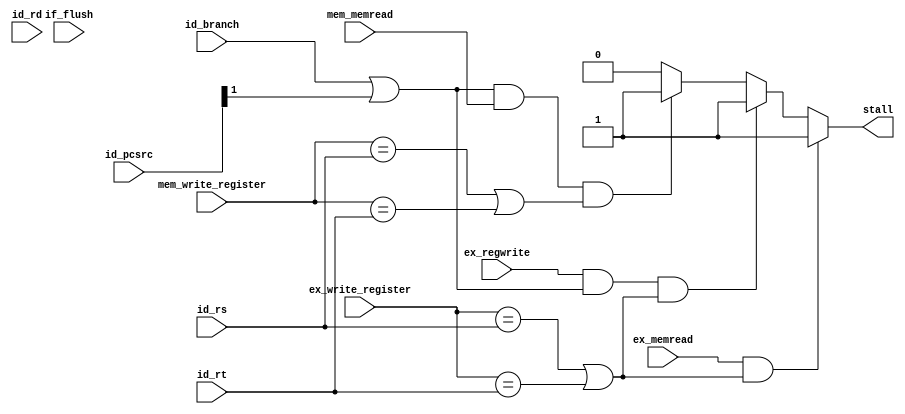
`timescale 1ns / 1ps
//////////////////////////////////////////////////////////////////////////////////
// Company: 
// Engineer: 
// 
// Design Name: 
// Module Name: HAZARD
// Project Name: 
// Target Devices: 
// Tool Versions: 
// Description: 
// 
// Dependencies: 
// 
// Revision:
// Revision 0.01 - File Created
// Additional Comments:
// 
//////////////////////////////////////////////////////////////////////////////////


module HAZARD(
    input wire[4:0]id_rs,
    input wire[4:0]id_rt,
    input wire[4:0]id_rd,
    input wire id_branch,
    input wire[1:0] id_pcsrc,
    input wire ex_regwrite,
    input wire ex_memread,
    input wire mem_memread,
    input wire if_flush,
    input wire[4:0]ex_write_register,
    input wire[4:0]mem_write_register,
    
    output reg stall
    );
    always@(*)begin
    if(ex_memread && (ex_write_register==id_rs||ex_write_register==id_rt))
        stall = 1;
    else if(ex_regwrite&& (id_branch==1||id_pcsrc[1]==1)&&(ex_write_register==id_rs||ex_write_register==id_rt))
        stall = 1;
    else if((id_branch==1||id_pcsrc[1]==1)&&mem_memread&&(mem_write_register==id_rs||mem_write_register==id_rt)) 
      stall=1;
    else
      stall=0;
      end

endmodule